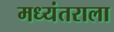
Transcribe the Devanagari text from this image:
मध्यंतराला